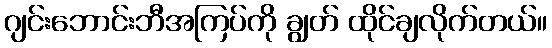
ဂျင်းဘောင်းဘီအကြပ်ကို ချွတ် ထိုင်ချလိုက်တယ်။